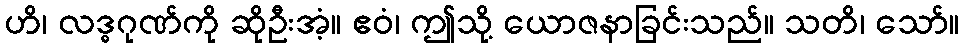
ဟိ၊ လဒ္ဓဂုဏ်ကို ဆိုဦးအံ့။ ဧဝံ၊ ဤသို့ ယောဇနာခြင်းသည်။ သတိ၊ သော်။